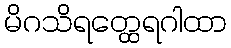
မိဂသိရတ္ထေရဂါထာ